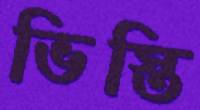
ভিস্তি